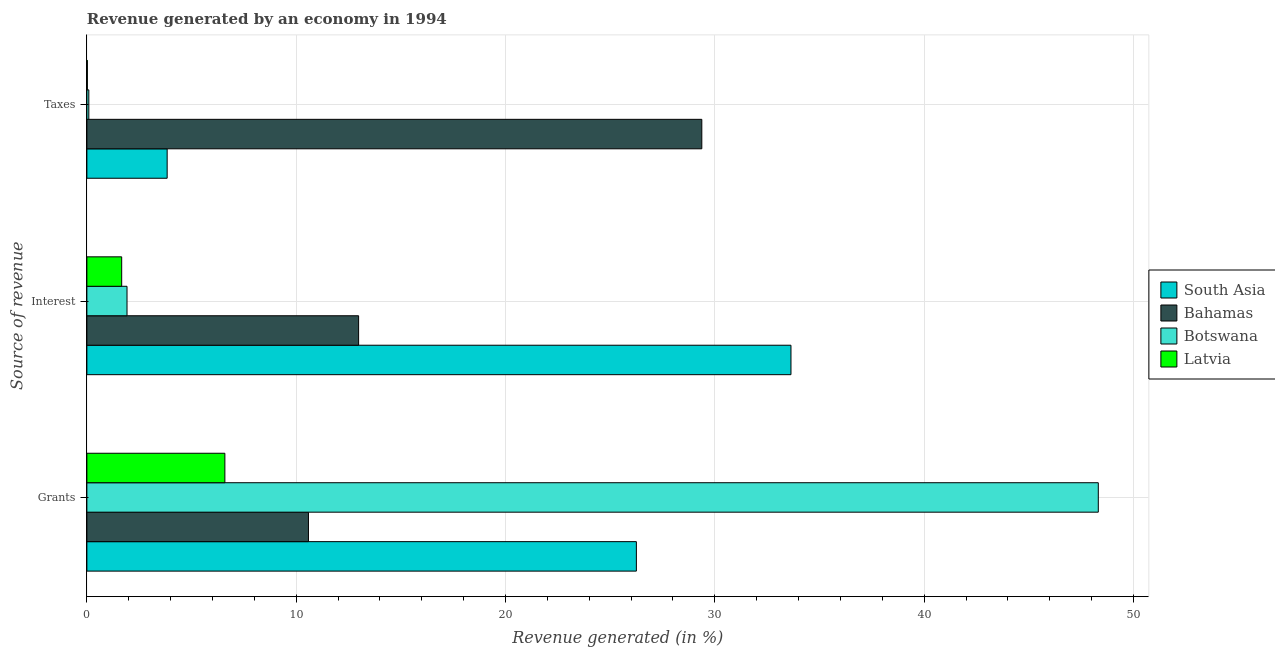
| Source of revenue | South Asia | Bahamas | Botswana | Latvia |
 | --- | --- | --- | --- | --- |
 | Grants | 26.3 | 10.6 | 48.3 | 6.59 |
 | Interest | 33.6 | 13 | 1.92 | 1.66 |
 | Taxes | 3.84 | 29.4 | 0.093 | 0.0229 |